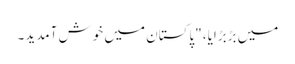
میں بڑبڑایا، "پاکستان میں خوش آمدید۔